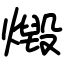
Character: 燬